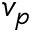
v _ { p }